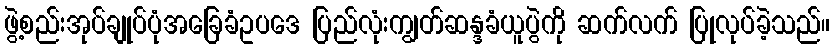
ဖွဲ့စည်းအုပ်ချုပ်ပုံအခြေခံဥပဒေ ပြည်လုံးကျွတ်ဆန္ဒခံယူပွဲကို ဆက်လက် ပြုလုပ်ခဲ့သည်။